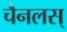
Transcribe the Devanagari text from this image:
चैनलस्